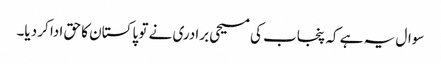
سوال یہ ہے کہ پنجاب کی مسیحی برادری نے تو پاکستان کا حق ادا کر دیا۔